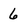
Character: 6